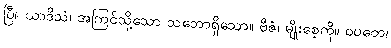
ပြီ။ ယာဒိသံ၊ အကြင်သို့သော သဘောရှိသော။ ဗီဇံ၊ မျိုးစေ့ကို။ ဝပတေ၊